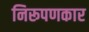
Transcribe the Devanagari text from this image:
निरूपणकार